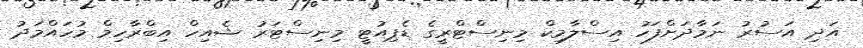
އަދި އަސުރު ނަމާދަށްފަހު އިސްލާމިކް މިނިސްޓްރީގެ ޑެޕިއުޓީ މިނިސްޓަރު ޝެއިހް އިބްރާހިމް މުހައްމަދު